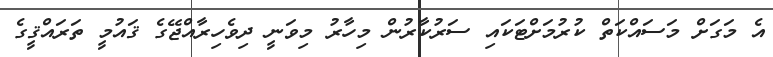
އެ މަގަށް މަސައްކަތް ކުރުމަށްޓަކައި ސަރުކާރުން މިހާރު މިވަނީ ދިވެހިރާއްޖޭގެ ޤައުމީ ތަރައްޤީގެ